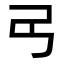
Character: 𢎠